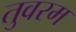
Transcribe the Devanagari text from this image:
तुवरम